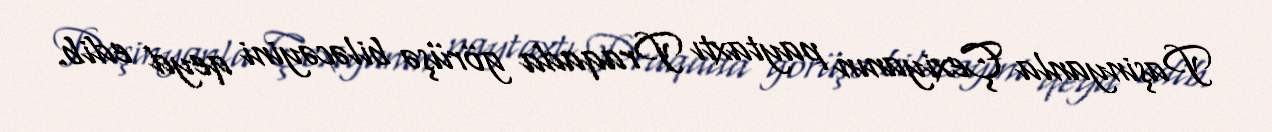
Paşinyanla Çexiyanın paytaxtı Praqada görüşə biləcəyini qeyd edib.